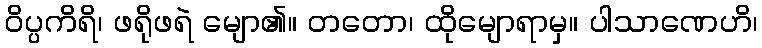
ဝိပ္ပကိရိ၊ ဖရိုဖရဲ မျော၏။ တတော၊ ထိုမျောရာမှ။ ပါသာဏေဟိ၊